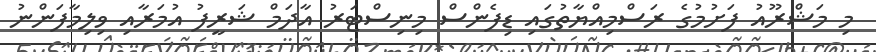
މި މަޝްރޫއު ފަށުމުގެ ރަސްމިއްޔާތުގައި ޑިފެންސް މިނިސްޓަރު އާދަމް ޝަރީފު އުމަރާއި ވިލިމާފަންނު